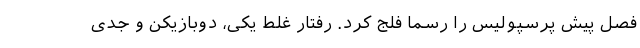
فصل پیش پرسپولیس را رسماً فلج کرد. رفتار غلط یکی، دوبازیکن و جدی